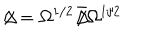
\Delta \! \! \! \! / = \Omega ^ { 1 / 2 } { \bar { \Delta } } \! \! \! \! / \Omega ^ { 1 / 2 }